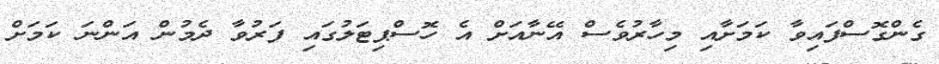
ގެންގޮސްފައިވާ ކަމަށާއި މިހާރުވެސް އޭނާއަށް އެ ހޮސްޕިޓަލުގައި ފަރުވާ ދެމުން އަންނަ ކަމަށް